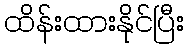
ထိန်းထားနိုင်ပြီး